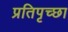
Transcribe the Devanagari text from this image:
प्रतिपृच्छा